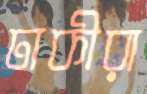
ঢাকীরা